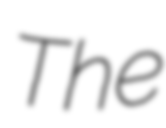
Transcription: The